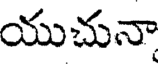
యుచునా